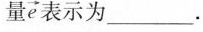
量e表示为_______。